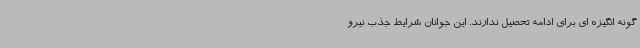
گونه انگیزه ای برای ادامه تحصیل ندارند. این جوانان شرایط جذب نیرو